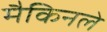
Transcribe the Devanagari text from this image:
मैकिनले